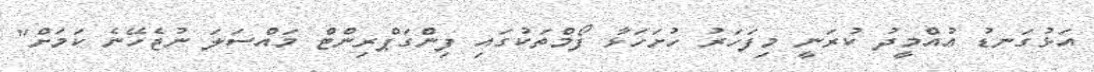
އަޅުގަނޑު އުއްމީދު ކުރަނީ މިފަހަރު ހުށަހަޅާ ފޯމްތަކުގައި ފިންގަޕްރިންޓް މައްސަލަ ނުޖެހޭނެ ކަމަށް"